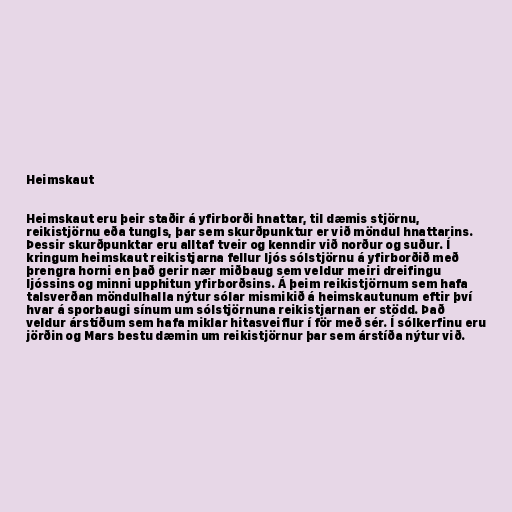
Heimskaut

Heimskaut eru þeir staðir á yfirborði hnattar, til dæmis stjörnu,
reikistjörnu eða tungls, þar sem skurðpunktur er við möndul hnattarins.
Þessir skurðpunktar eru alltaf tveir og kenndir við norður og suður. Í
kringum heimskaut reikistjarna fellur ljós sólstjörnu á yfirborðið með
þrengra horni en það gerir nær miðbaug sem veldur meiri dreifingu
ljóssins og minni upphitun yfirborðsins. Á þeim reikistjörnum sem hafa
talsverðan möndulhalla nýtur sólar mismikið á heimskautunum eftir því
hvar á sporbaugi sínum um sólstjörnuna reikistjarnan er stödd. Það
veldur árstíðum sem hafa miklar hitasveiflur í för með sér. Í sólkerfinu eru
jörðin og Mars bestu dæmin um reikistjörnur þar sem árstíða nýtur við.